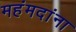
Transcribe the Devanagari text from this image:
महंमदांना